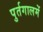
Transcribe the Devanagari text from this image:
पुर्तगालमें